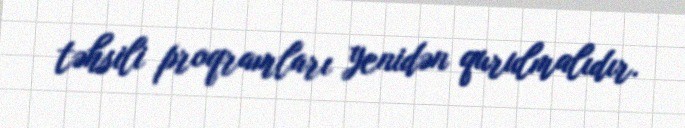
təhsili proqramları yenidən qurulmalıdır.